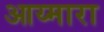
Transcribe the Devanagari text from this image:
आय्मारा